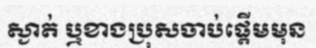
ស្ងាត់ ឬខាងប្រុសចាប់ផ្តើមមុន